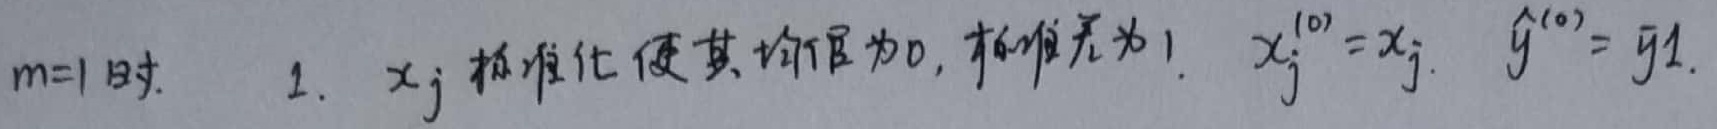
当\(m = 1\)时：
1. 将\(x_j\)标准化，使其均值为\(0\)，标准差为\(1\)。\(x_{j}^{(0)} = x_{j}\)，\(\hat{y}^{(0)}=\overline{y}\mathbf{1}\)。

这里我将\(1\)加粗了，因为如果表示向量通常会加粗，当然如果这不是向量含义，你可以自行调整。